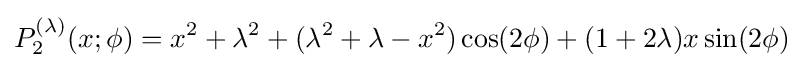
P_{2}^{(\lambda )}(x;\phi )=x^{2}+\lambda ^{2}+(\lambda ^{2}+\lambda -x^{2})\cos(2\phi )+(1+2\lambda )x\sin(2\phi )